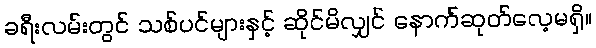
ခရီးလမ်းတွင် သစ်ပင်များနှင့် ဆိုင်မိလျှင် နောက်ဆုတ်လေ့မရှိ။